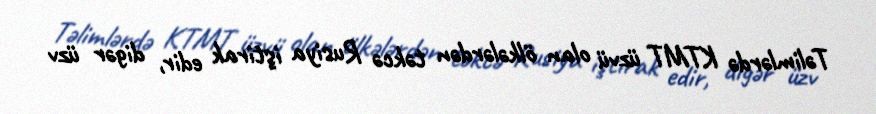
Təlimlərdə KTMT üzvü olan ölkələrdən təkcə Rusiya iştirak edir, digər üzv